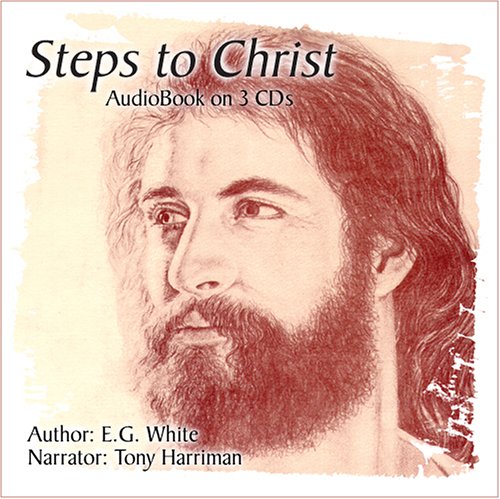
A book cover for Steps to Christ; Ellen G. White; Christian Books & Bibles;